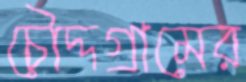
চৌদ্দগ্রামের